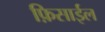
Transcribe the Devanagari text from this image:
फ़िसाईल